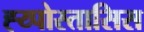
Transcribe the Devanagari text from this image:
ह्य्पोस्तासिस